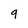
Character: 9